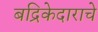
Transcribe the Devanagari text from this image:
बद्रिकेदाराचे